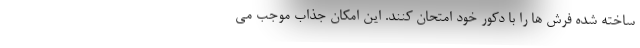
ساخته شده فرش ها را با دکور خود امتحان کنند. این امکان جذاب موجب می